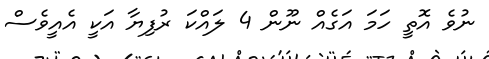
ނުވެ އޮތީ ހަމަ އަގެއް ނޫން 4 ލައްކަ ރުފިޔާ އަކީ އެއީވެސް